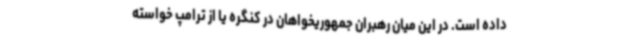
داده است. در این میان رهبران جمهوریخواهان در کنگره یا از ترامپ خواسته